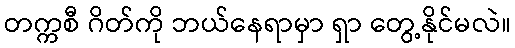
တက္ကစီ ဂိတ်ကို ဘယ်နေရာမှာ ရှာ တွေ့နိုင်မလဲ။